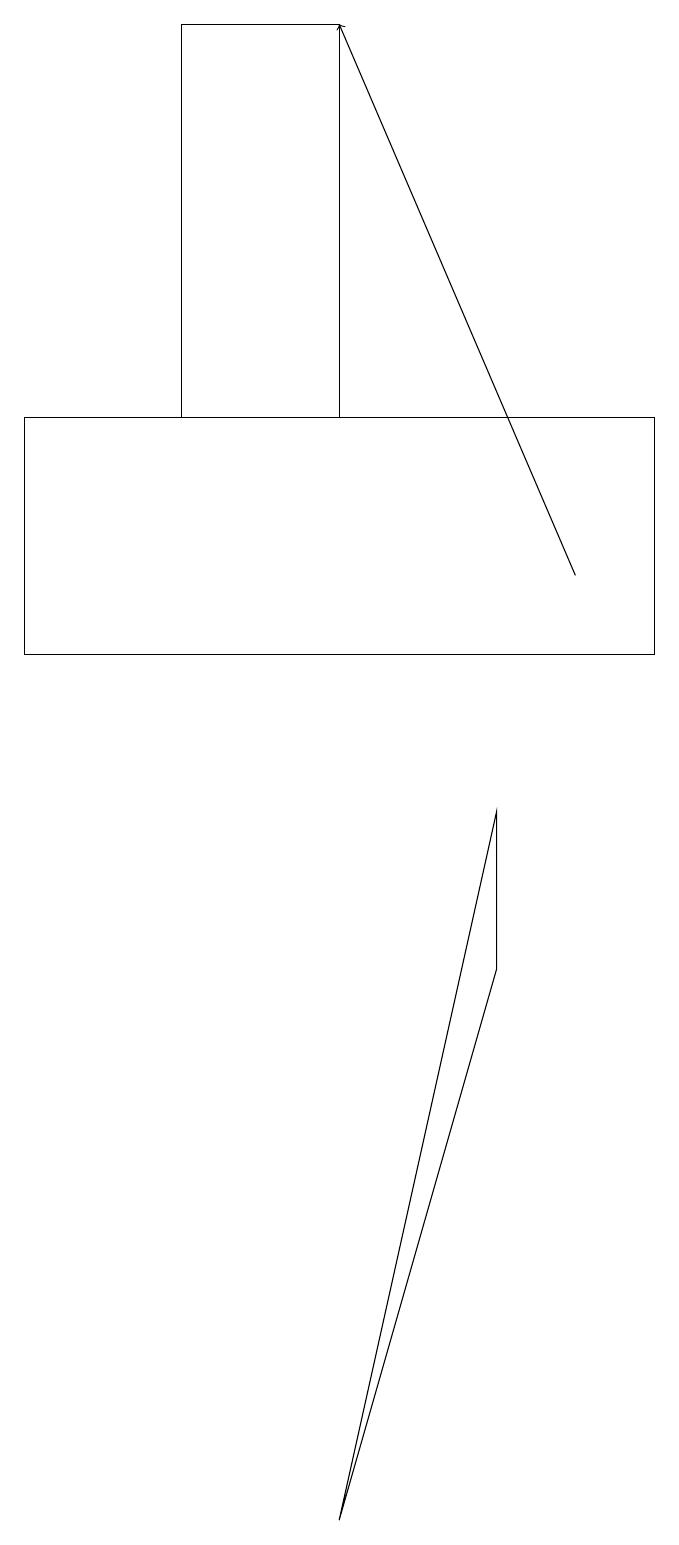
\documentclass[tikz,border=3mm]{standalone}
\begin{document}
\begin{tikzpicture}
\draw (4,0) -- (6,7) -- (6,9) -- cycle;
\draw (8,14) rectangle (0,11);
\draw (2,19) rectangle (4,14);
\draw[->] (7,12) -- (4,19);
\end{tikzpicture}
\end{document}